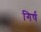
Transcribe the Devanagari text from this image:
गिर्ष